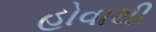
હોવાથી